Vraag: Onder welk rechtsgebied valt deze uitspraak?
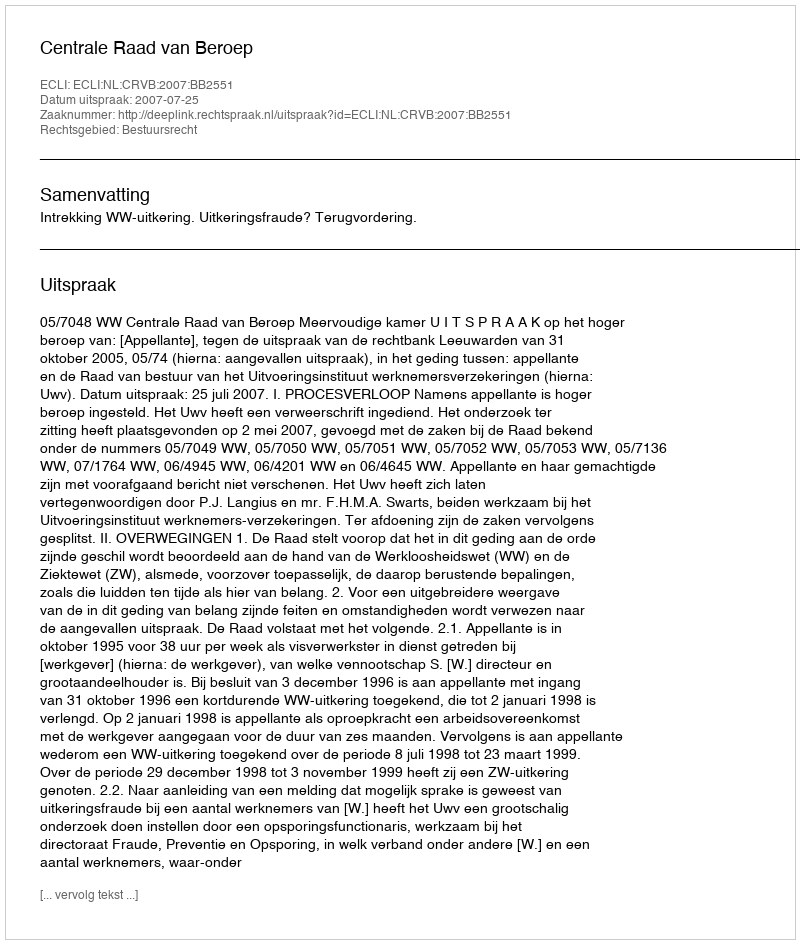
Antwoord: Bestuursrecht